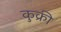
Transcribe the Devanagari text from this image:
कुक्री